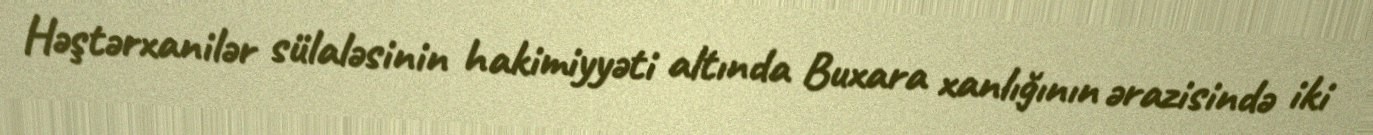
Həştərxanilər sülaləsinin hakimiyyəti altında Buxara xanlığının ərazisində iki